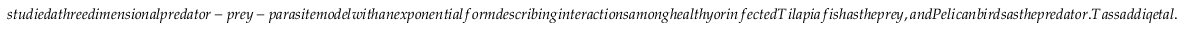
s t u d i e d a t h r e e d i m e n s i o n a l p r e d a t o r - p r e y - p a r a s i t e m o d e l w i t h a n e x p o n e n t i a l f o r m d e s c r i b i n g i n t e r a c t i o n s a m o n g h e a l t h y o r i n f e c t e d T i l a p i a f i s h a s t h e p r e y , a n d P e l i c a n b i r d s a s t h e p r e d a t o r . T a s s a d d i q e t a l .